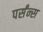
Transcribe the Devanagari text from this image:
पर्संन्स